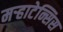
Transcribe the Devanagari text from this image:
मऱ्हाटेन्सिस